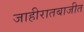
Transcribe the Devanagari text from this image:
जाहीरातबाजीत